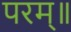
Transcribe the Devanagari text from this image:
परम्॥